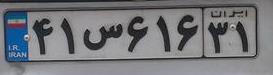
۴۱س۶۱۶۳۱